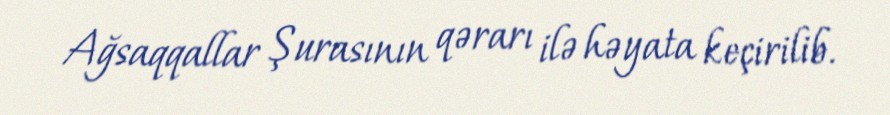
Ağsaqqallar Şurasının qərarı ilə həyata keçirilib.